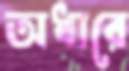
অধারে